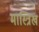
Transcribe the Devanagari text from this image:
मास्त्रिख